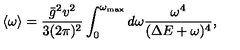
\langle \omega \rangle = \frac { \bar { g } ^ { 2 } v ^ { 2 } } { 3 ( 2 \pi ) ^ { 2 } } \int _ { 0 } ^ { \omega _ { \mathrm { m a x } } } d \omega \frac { \omega ^ { 4 } } { ( \Delta E + \omega ) ^ { 4 } } ,